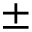
\pm